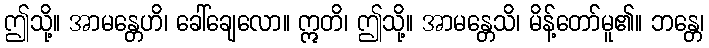
ဤသို့။ အာမန္တေဟိ၊ ခေါ်ချေလော။ ဣတိ၊ ဤသို့။ အာမန္တေသိ၊ မိန့်တော်မူ၏။ ဘန္တေ၊